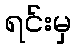
ရင်းမှ